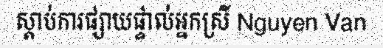
ស្តាប់ការផ្សាយផ្ទាល់អ្នកស្រី Nguyen Van